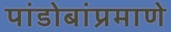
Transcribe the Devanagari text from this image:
पांडोबांप्रमाणे